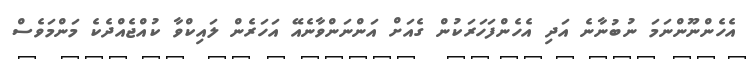
އެހެންނޫންނަމަ ނުބުނާނެ އަދި އެހެންފަހަރަކުން ގެއަށް އަންނަންވާނެއޭ އަހަރެން ލައިކްވާ ކުއްޖެއްދެކެ މަންމަވެސް